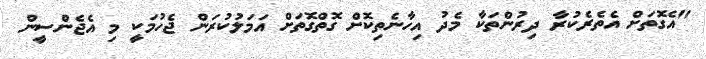
"އެގޮތަށް އެތެރެކުރާ ދިރުންތަކާ މެދު އިހާނެތިކޮށް ގޮތްގޮތަށް އަމަލުކުރަން ޖެހުމަކީ މި އެޖެންސީން